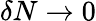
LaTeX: \delta N\to 0